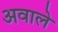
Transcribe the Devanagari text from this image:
अवाले